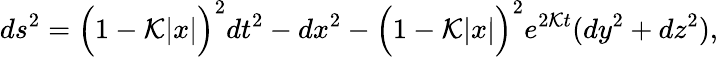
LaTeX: ds^{2}=\Big(1-{\cal K}|x|\Big)^{2}dt^{2}-dx^{2}-\Big(1-{\cal K}|x|\Big)^{2}e^{2{\cal K}t}(dy^{2}+dz^{2}),